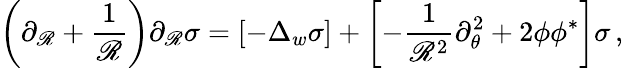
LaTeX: \left(\partial_{\mathscr{R}}+\frac{1}{\mathscr{R}}\right)\partial_{\mathscr{R}}\sigma=\left[-\Delta_{w}\sigma\right]+\left[-\frac{1}{{\mathscr{R}^{2}}}\partial_{\theta}^{2}+2\phi\phi^{*}\right]\sigma\, ,